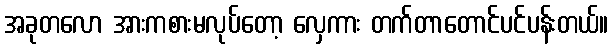
အခုတလော အားကစားမလုပ်တော့ လှေကား တက်တာတောင်ပင်ပန်းတယ်။